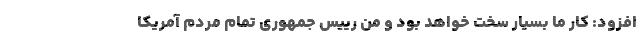
افزود: کار ما بسیار سخت خواهد بود و من رییس جمهوری تمام مردم آمریکا